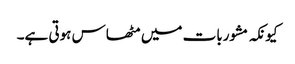
کیونکہ مشوربات میں مٹھاس ہوتی ہے۔